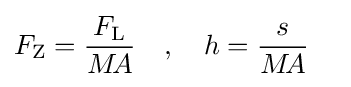
F_{\mathrm {Z} }={\frac {F_{\mathrm {L} }}{M\!A}}\quad ,\quad h={\frac {s}{M\!A}}\quad